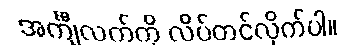
အင်္ကျီလက်ကို လိပ်တင်လိုက်ပါ။